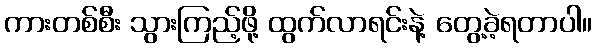
ကားတစ်စီး သွားကြည့်ဖို့ ထွက်လာရင်းနဲ့ တွေ့ခဲ့ရတာပါ။